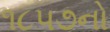
૧૮૫૭નો